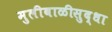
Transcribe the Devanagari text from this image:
मुलीबाळीसुद्धा